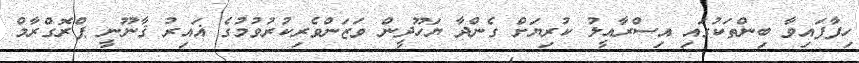
ހިފާފައިވާ ބިންތަކުގައި އިސްރާއީލު ކުރިޔަށް ގެންދާ ޔަހޫދީން ވަޒަންވެރިކުރުވުމުގެ ޣައިރު ޤާނޫނީ ޕްރޮގްރާމް